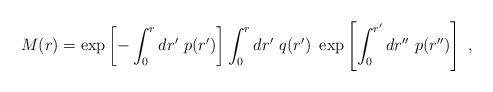
\begin{align*}M(r)=\exp\left[-\int_0^r dr'\ p(r')\right]\int_0^r dr'\ q(r')\ \exp\left[\int_0^{r'} dr''\ p(r'')\right] \ ,\end{align*}